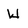
Character: W